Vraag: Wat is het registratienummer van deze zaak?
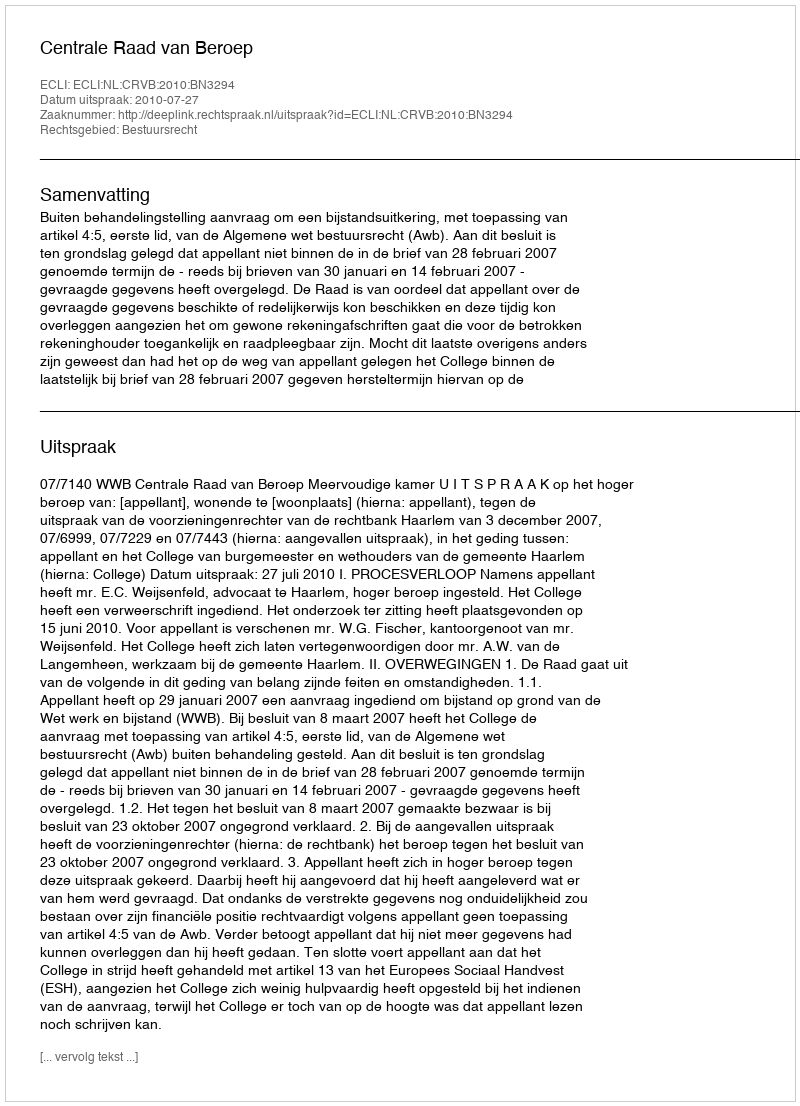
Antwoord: http://deeplink.rechtspraak.nl/uitspraak?id=ECLI:NL:CRVB:2010:BN3294